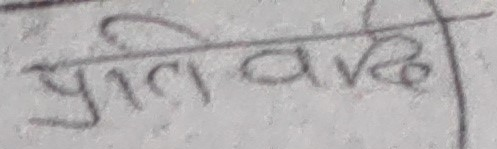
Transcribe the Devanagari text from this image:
प्रतिवद्ध